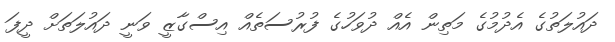
ދައުލަތުގެ އެދުމުގެ މަތިން އެއް ދުވަހުގެ ފުރުސަތެއް އިސްގާޒީ ވަނީ ދައުލަތަށް ދީފަ